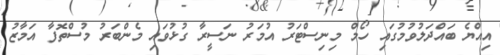
އިއްޔެ ބައްދަލުވުމުގައި ހޯމް މިނިސްޓަރު އުމަރު ނަސީރާ ގުޅުވައި މެންބަރު މުސްތޮފާ އަމާޒު